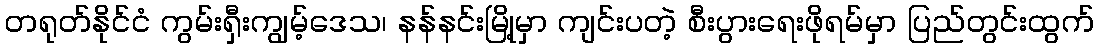
တရုတ်နိုင်ငံ ကွမ်းရှီးကျွမ့်ဒေသ၊ နန်နင်းမြို့မှာ ကျင်းပတဲ့ စီးပွားရေးဖိုရမ်မှာ ပြည်တွင်းထွက်